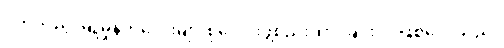
ငယ်သည့် မြူမှုန်ကလေးများစုပေါင်းဖွဲ့စည်းထားခြင်းပင်ဖြစ်လေသည်။